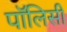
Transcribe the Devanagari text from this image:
पाॅलिसी